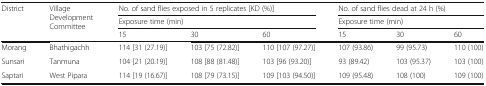
<table><thead><tr><td rowspan="3"><b>District</b></td><td rowspan="3"><b>Village Development Committee</b></td><td colspan="3"><b>No. of sand flies exposed in 5 replicates [KD (%)]</b></td><td colspan="3"><b>No. of sand flies dead at 24 h (%)</b></td></tr><tr><td colspan="3"><b>Exposure time (min)</b></td><td colspan="3"><b>Exposure time (min)</b></td></tr><tr><td><b>15</b></td><td><b>30</b></td><td><b>60</b></td><td><b>15</b></td><td><b>30</b></td><td><b>60</b></td></tr></thead><tbody><tr><td>Morang</td><td>Bhathigachh</td><td>114 [31 (27.19)]</td><td>103 [75 (72.82)]</td><td>110 [107 (97.27)]</td><td>107 (93.86)</td><td>99 (95.73)</td><td>110 (100)</td></tr><tr><td>Sunsari</td><td>Tanmuna</td><td>104 [21 (20.19)]</td><td>108 [88 (81.48)]</td><td>103 [96 (93.20)]</td><td>93 (89.42)</td><td>103 (95.37)</td><td>103 (100)</td></tr><tr><td>Saptari</td><td>West Pipara</td><td>114 [19 (16.67)]</td><td>108 [79 (73.15)]</td><td>109 [103 (94.50)]</td><td>109 (95.48)</td><td>108 (100)</td><td>109 (100)</td></tr></tbody></table>